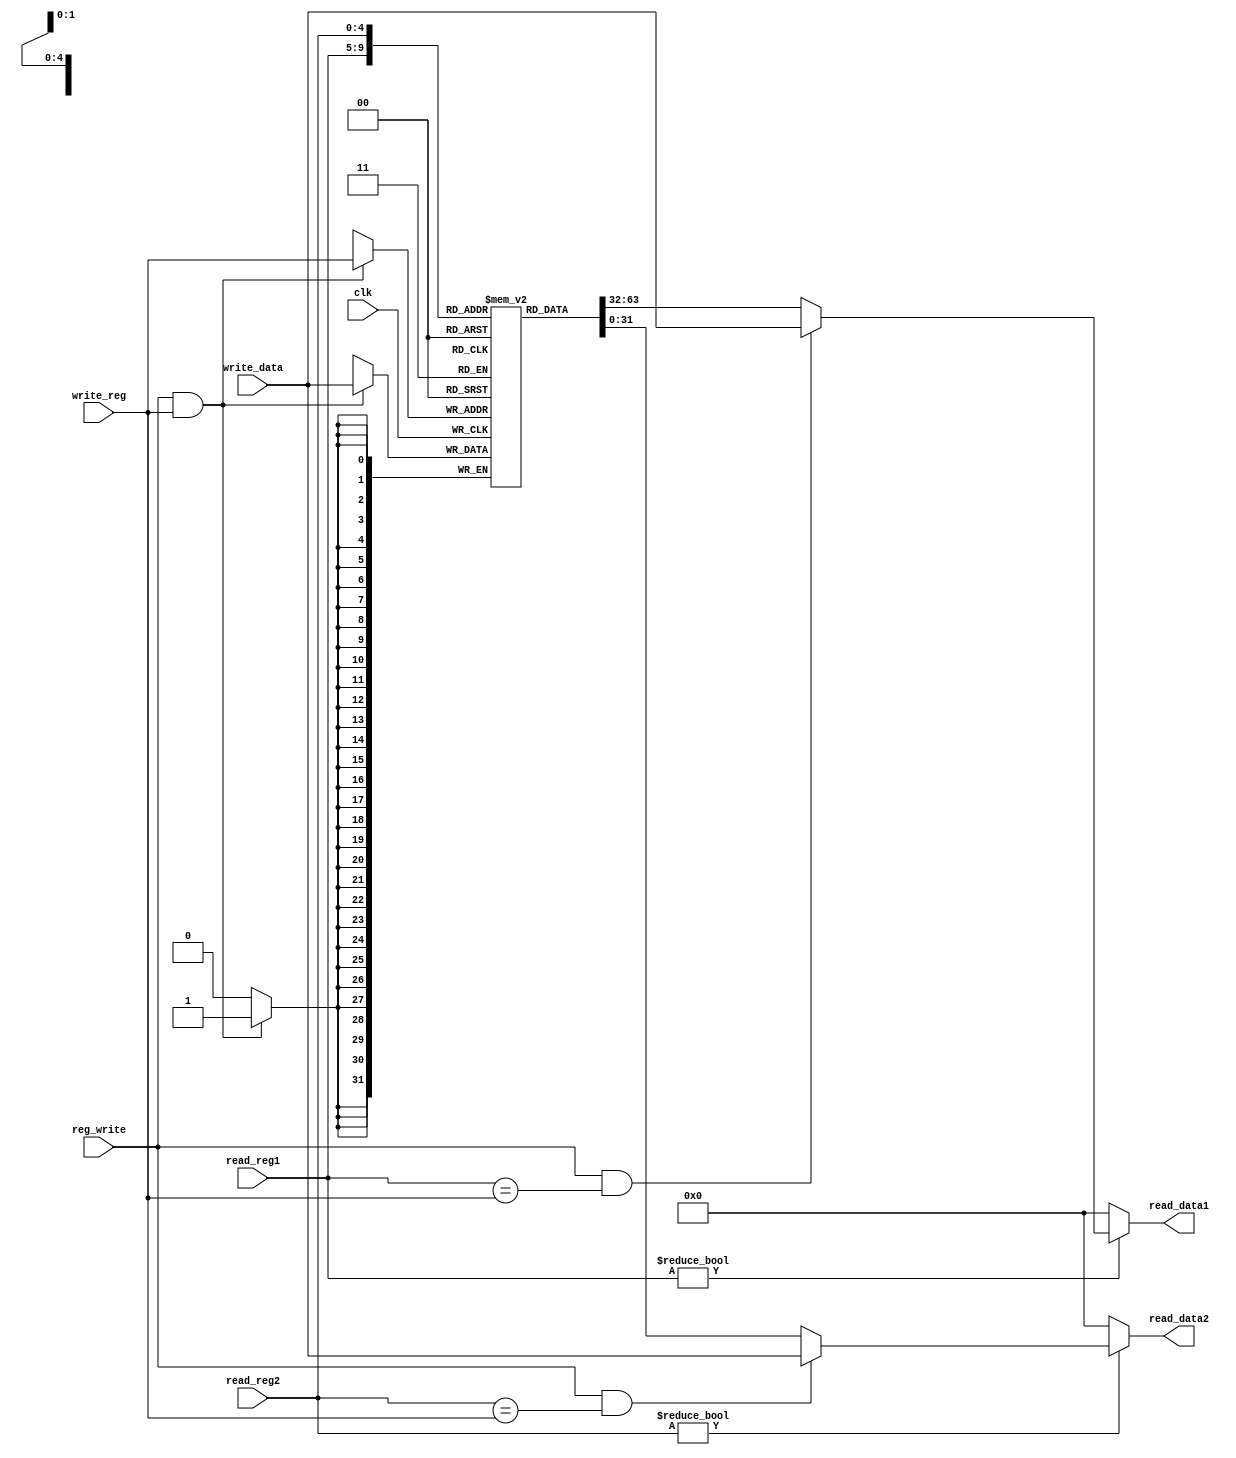
///////////////////////////////////REGISTER_FILE_MODULE///////////////////////////////////////////////////////
module registers(input clk,reg_write,
                 input [4:0] read_reg1,read_reg2,write_reg,
                 input [31:0] write_data,
                 output [31:0] read_data1,read_data2);
  
  reg [31:0] Registers [0:31];
  
  integer i;
  initial begin
    for (i = 0; i < 32; i = i + 1) begin
      Registers[i] = i;
    end
  end

  //pentru afisarea datelor din registri in gtkwave
  generate
    genvar idx;
    for(idx = 0; idx < 32; idx = idx + 1) begin: register
      wire [31:0] tmp_Registers;
      assign tmp_Registers = Registers[idx];
    end
  endgenerate
  //
  
  always@(posedge clk) begin
    if(reg_write && write_reg)
      Registers[write_reg] <= write_data;
  end
  
  assign read_data1 = (read_reg1 != 5'b0) ? //it is different from x0
                      (((reg_write == 1'b1)&&(read_reg1 == write_reg)) ? 
                      write_data : Registers[read_reg1]) : 32'b0;
                      
  assign read_data2 = (read_reg2 != 5'b0) ? //it is different from x0
                      (((reg_write == 1'b1)&&(read_reg2 == write_reg)) ? 
                      write_data : Registers[read_reg2]) : 32'b0;

endmodule
//////////////////////////////////////////////////////////////////////////////////////////////////////////////